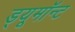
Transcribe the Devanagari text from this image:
ड्यूमॉन्ट